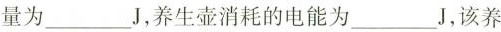
量为___J，养生壶消耗的电能为___J，该养